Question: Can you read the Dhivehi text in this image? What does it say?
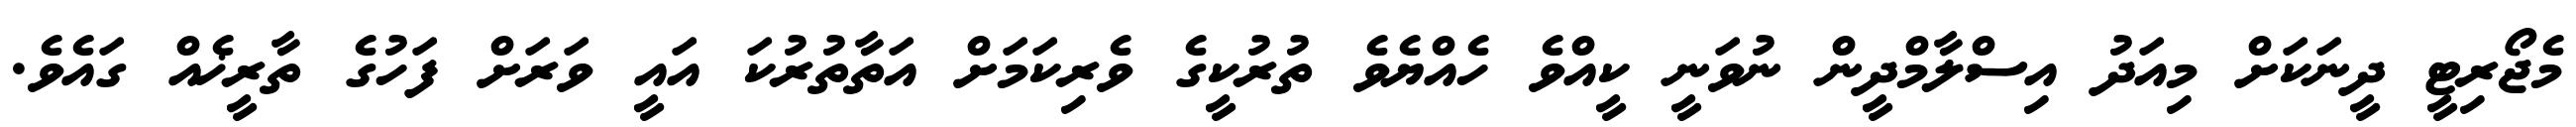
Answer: މެޖޯރިޓީ ދީނަކަށް މިއަދު އިސްލާމްދީން ނުވަނީ ކީއްވެ ހެއްޔެވެ ތުރުކީގެ ވެރިކަމަށް އަތާތުރުކަ އައީ ވަރަށް ފަހުގެ ތާރީޚެއް ގައެވެ.